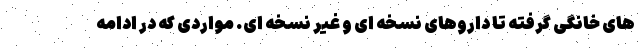
های خانگی گرفته تا داروهای نسخه ای و غیر نسخه ای. مواردی که در ادامه